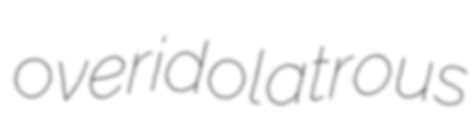
overidolatrous